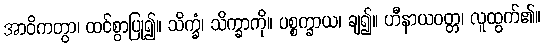
အာဝိကတွာ၊ ထင်စွာပြု၍။ သိက္ခံ၊ သိက္ခာကို။ ပစ္စက္ခာယ၊ ချ၍။ ဟီနာယဝတ္တ၊ လူထွက်၏။